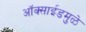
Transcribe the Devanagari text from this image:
ऑक्साईडमुळे